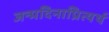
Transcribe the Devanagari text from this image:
जन्मदिनाप्रित्यर्थ